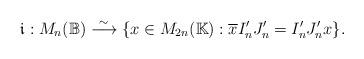
LaTeX: \begin{align*}\mathfrak{i}:M_n(\mathbb{B})\stackrel{\sim}\longrightarrow\{x\in M_{2n}(\mathbb{K}):\overline{x}I_n'J_n'=I_n'J_n'x\}.\end{align*}